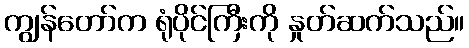
ကျွန်တော်က ရုံပိုင်ကြီးကို နှုတ်ဆက်သည်။